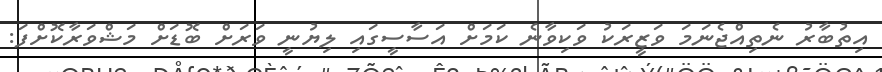
އިތުބާރު ނެތިއްޖެނަމަ ވަޒީރަކު ވަކިވާނެ ކަމަށް އަސާސީގައި ލިޔުނީ ވަރަށް ބޮޑަށް މަޝްވަރާކޮށްފަ: